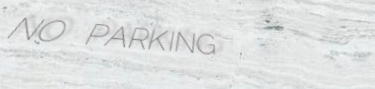
NO PARKING